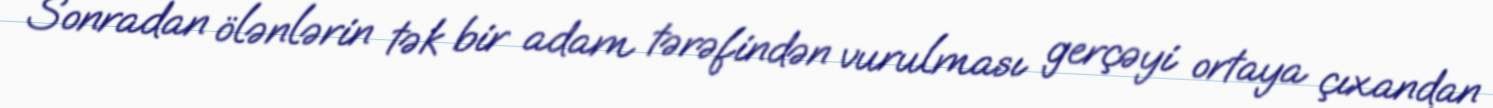
Sonradan ölənlərin tək bir adam tərəfindən vurulması gerçəyi ortaya çıxandan